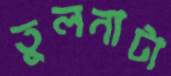
তুলনাটা